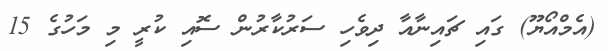
(އެމްއޯޔޫ) ގައި ޗައިނާއާ ދިވެހި ސަރުކާރުން ސޮއި ކުރީ މި މަހުގެ 15